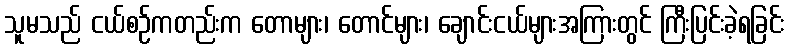
သူမသည် ငယ်စဉ်ကတည်းက တောများ၊ တောင်များ၊ ချောင်းငယ်များအကြားတွင် ကြီးပြင်းခဲ့ရခြင်း